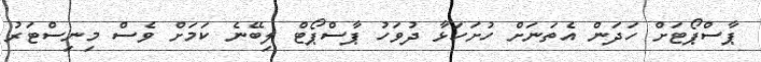
ޕާސްޕޯޓަށް ހަދަން އެތަނަށް ހުށަހަޅާ ދުވަހު ޕާސްޕޯޓް ލިބޭނެ ކަމަށް ވެސް މިނިސްޓަރު